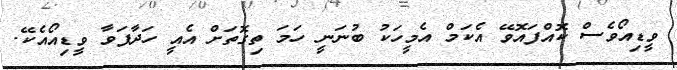
ވީޑިއޯވެސް ކޮއްފައޮވޭ އެކަމް އެމީހަކު ބުނަނީ ހަމަ ތިގޮތަށް އެއީ ހަދާފަވާ ވީޑިއޯއެކޭ.